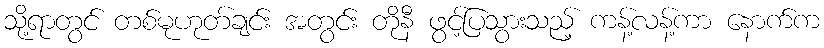
သို့ရာတွင် တစ်မုဟုတ်ချင်း အတွင်း တိုနီ ဖွင့်ပြသွားသည့် ကန့်လန့်ကာ နောက်က